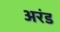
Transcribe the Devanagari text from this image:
अरंड